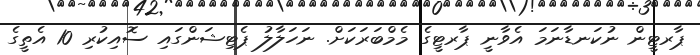
ޕާރޓީން ނުކަނޑާނަމަ އެވާނީ ޕާރޓީގެ މެމްބަރަކަށް. ނަހަލާލު ޕެޓިޝަންގައި ސޮއިކުރި 10 އެތީގެ